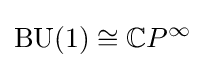
\operatorname {BU} (1)\cong \mathbb {C} P^{\infty }